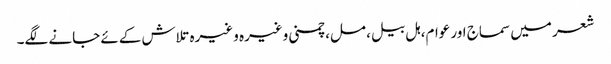
شعر میں سماج اور عوام، ہل بیل، مل، چمنی وغیرہ وغیرہ تلاش کےئے جانے لگے۔